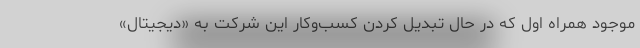
موجود همراه اول که در حال تبدیل کردن کسب‌وکار این شرکت به «دیجیتال»